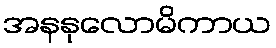
အနနုလောမိကာယ